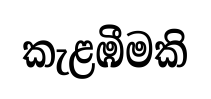
කැළඹීමකි